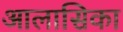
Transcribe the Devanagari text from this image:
आलासिका